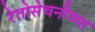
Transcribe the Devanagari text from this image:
रेतोसेचनीच्या